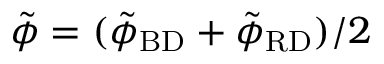
\tilde { \phi } = ( \tilde { \phi } _ { \mathrm { B D } } + \tilde { \phi } _ { \mathrm { R D } } ) / 2